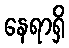
နေရာရှိ